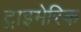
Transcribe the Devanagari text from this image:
ट्राइमेरिक